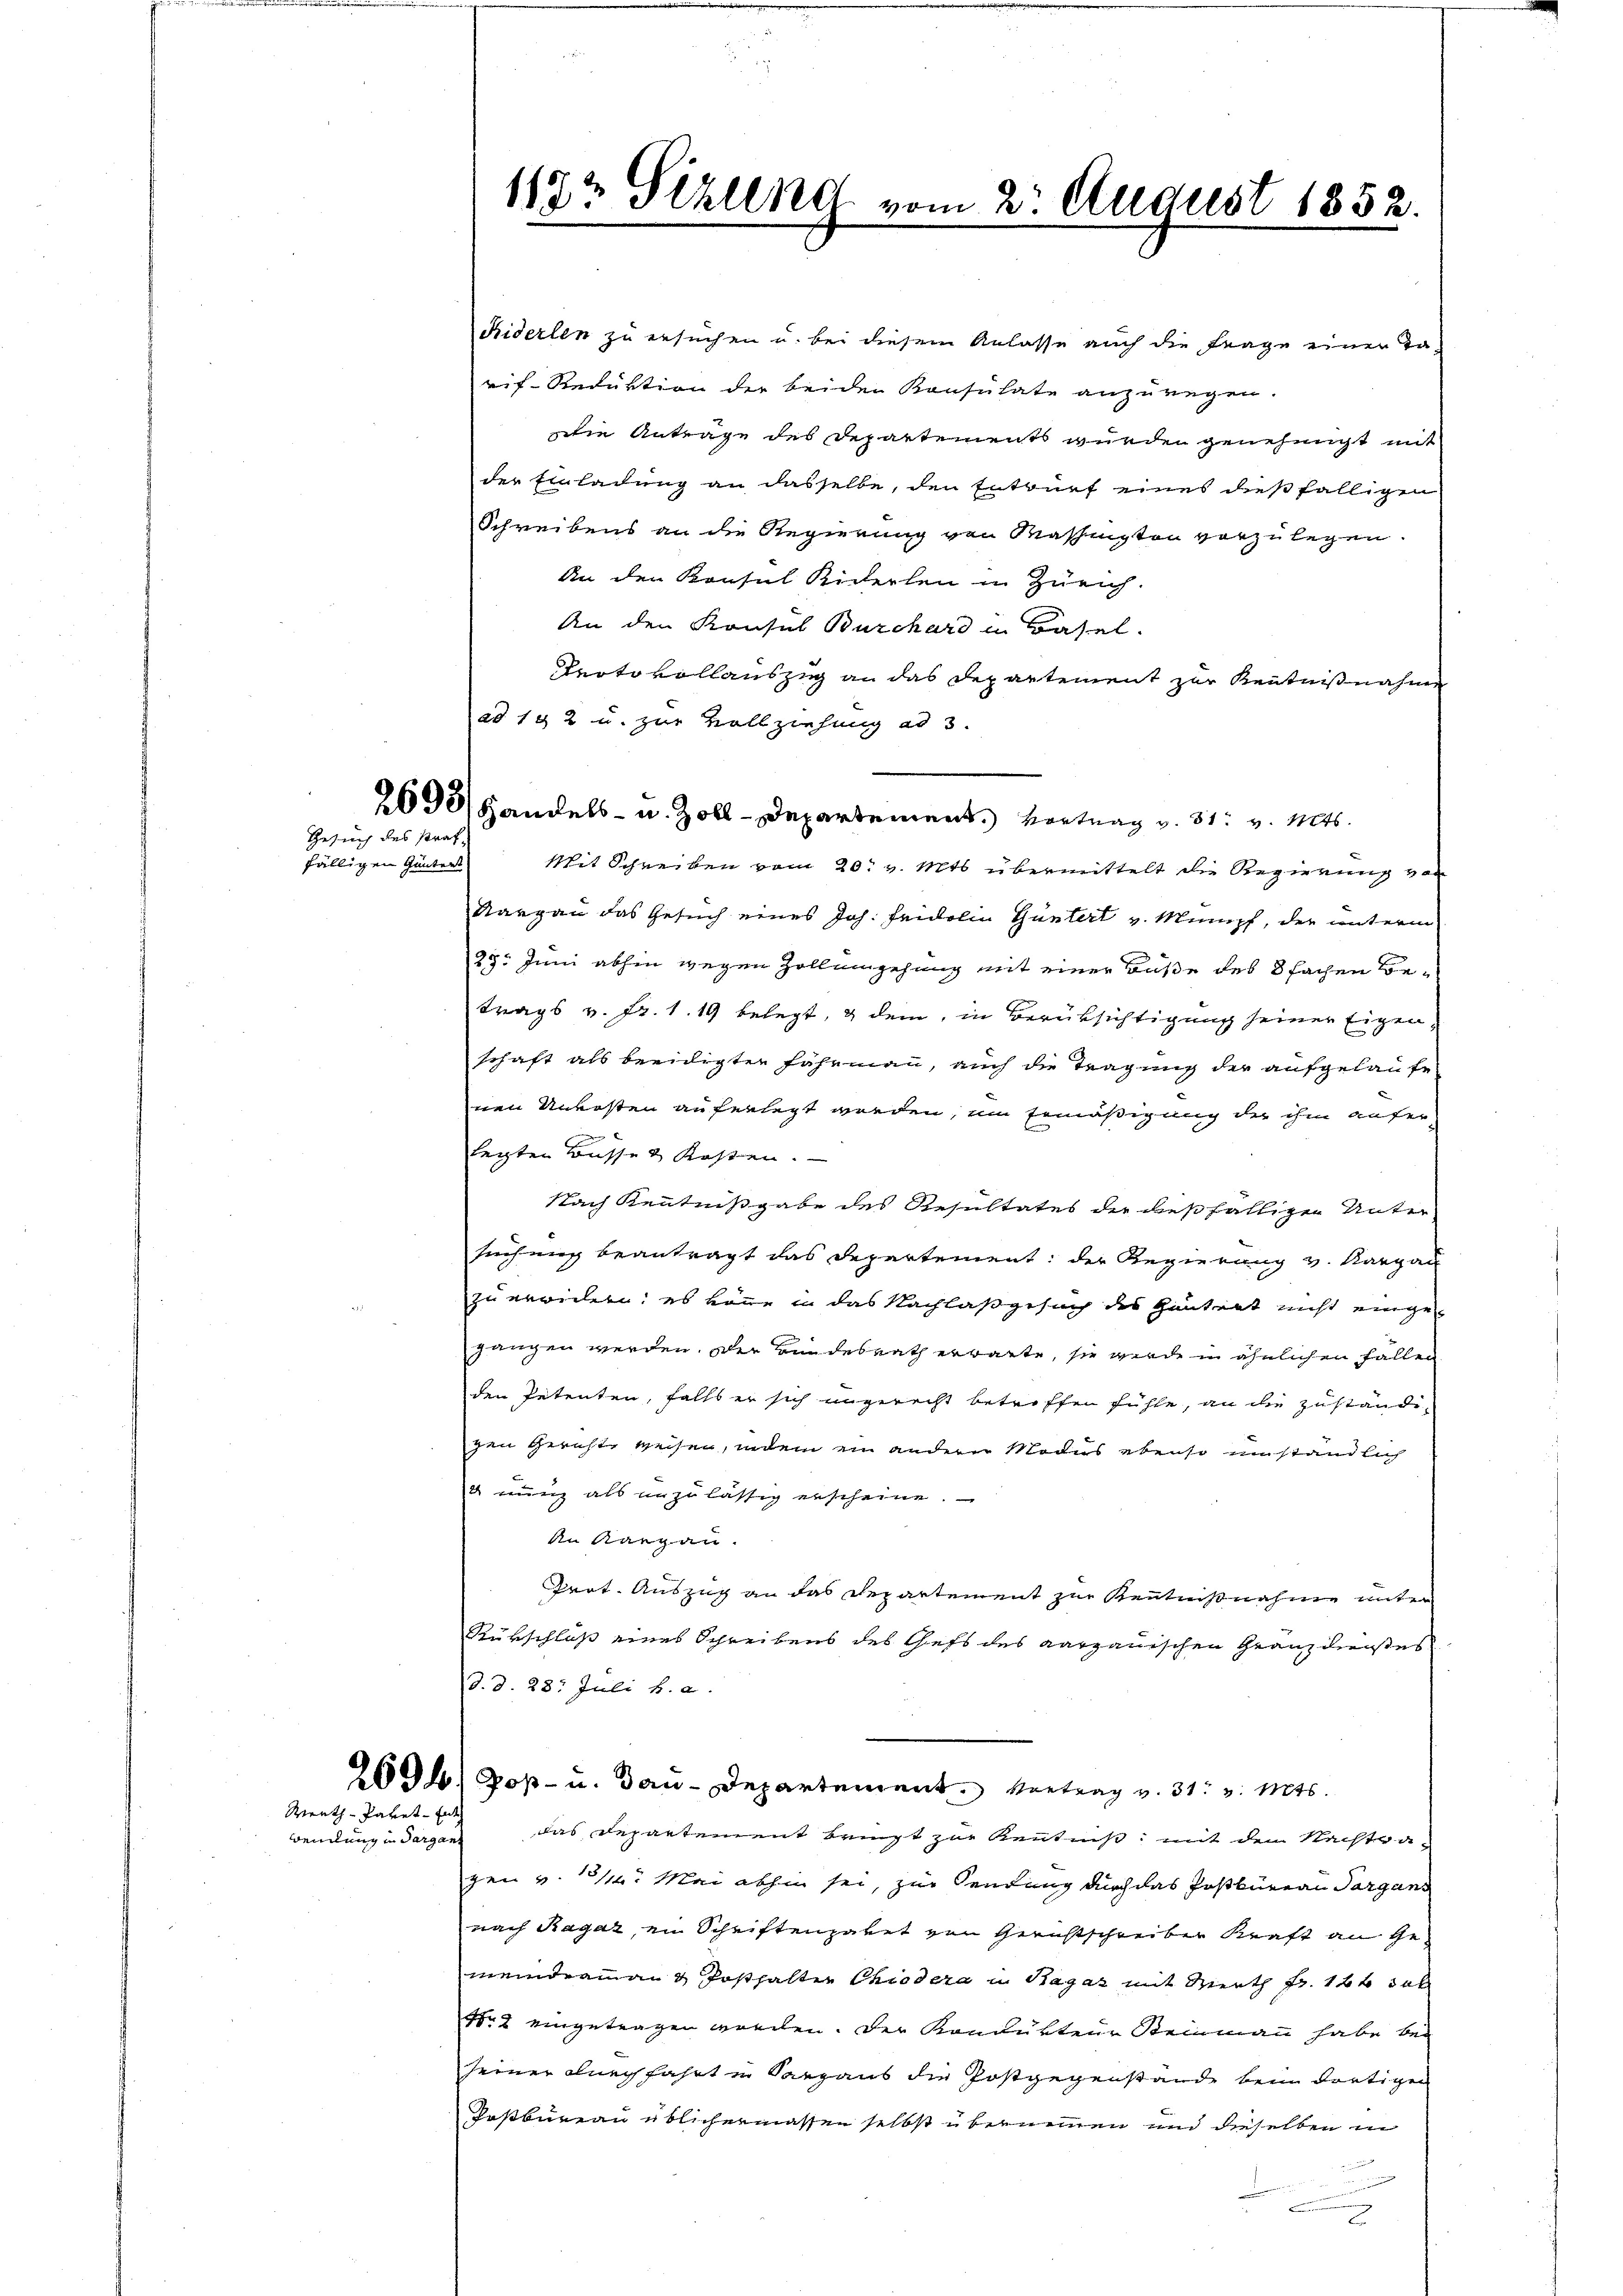
wendung in Sargan

Gesuch des Straf-

fälligen Gantent

Reuth - Paket un

1182 Sizlend vom 2. August 1852.

ad 192 u. zur Vollziehung ad 3.

Riderlen zu ersuchen u. bei diesem Anlasse auch die Frage einer Tarif- Reduktion der beiden Konsulate anzuregen.
die Antrage des Departements wurden genehmigt mit
der Einladung an dasselbe, den Entwurf eines dießfälligen
Schreibens an die Regierung von Massington vorzulegen.
An den Konsul Kiderlen in Zürich.
An den Konsul Burchard in Basel.
Peoto vollauszig an das Departement zur Kenntnißnahme
2693/ Handels- u. Zoll-Departement. Vortrag v. 31. v. Mts.
Mit Schreiben vom 20. v. Mts. übermittelt die Regierung von
Nargau das Gesuch eines Joh. Heidelin Güntert v. Mumpf, der unterm
25. Juni abhin wegen Zollingehung mit einer Buße des 8 fachen Be-
trags v. Fr. 1. 19 belegt, & dem, in Berücksichtigung seiner Eigen,
schaft als beeidigter Fährmann, auch die Tragung der aufgelaufe-
nen Unkosten auferlegt werden, um Ermäßigung der ihm aufer-
legten Busse & Kosten.
Nach Kenntnißgabe des Resultates der dießfälliger Unter-
suchung beantragt das Departement der Regierung v. Karpan
zu erwidern; es könne in das Nachlaßgesuch des Gantrat nicht eingegangen werden. Der Bundesrath erwarte, sie wurde in ähnlichen Fällen
den Petenten, falls er sich ungerecht betreffen fühle, an die zuständi-
gen Gerichte weisen, indem ein andere Modus ebenso umständlich
nung als unzulässig erscheine
An Aargau.
Geit. Auszug an das Departement zur Kenntnißnahme unter
Rükschluß eines Schreibens des Gefs des Aargauischen Granz dreistes
d. d. 28. Juli v. a.
269h) Poß- u. dan Departement Vortrag v. 31. v. Mts.
das Departement brust zur Kenntniß, mit dem Nachtva
gen v. 11. Mai abhin sei, zur Sendung durch das Postbureau Sargans
nach Ragaz, ein Schriftengabet von Gerichtschreiber Kraft an Gemeindeamman 4 Posthalter Chiedera in Ragaz mit Marth Fr. 12 t dab
Nr. 2 eingetragen worden. Der Kondukteur Steinmann habe bei
seiner Jungfahrt in Sargaus die Postgegenstande beim dortigen
Daßbureau üblichermassen selbst übernennen und dieselben in
u
2